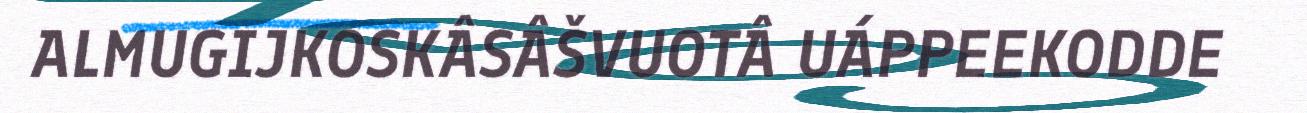
ALMUGIJKOSKÂSÂŠVUOTÂ UÁPPEEKODDE